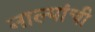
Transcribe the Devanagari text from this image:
नाल्यांची